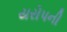
યરોપની